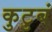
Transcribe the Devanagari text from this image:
कुटुबं